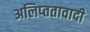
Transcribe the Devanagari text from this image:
अलिप्‍ततावादी